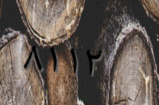
٨١١٢